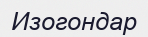
Изогондар